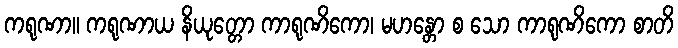
ကရုဏာ။ ကရုဏာယ နိယုတ္တော ကာရုဏိကော၊ မဟန္တော စ သော ကာရုဏိကော စာတိ